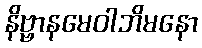
နိဗ္ဗာနမေဝါဘိမနော